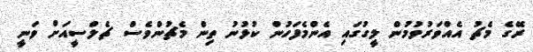
ރޭގެ މެޗު އެއްވަރުވުމުން ލީގުގައި އެންމެފަހުން ކުޅުނު ތިން މެޗުންވެސް ޗެލްސީއަށް ވަނީ